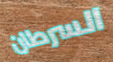
السرطان